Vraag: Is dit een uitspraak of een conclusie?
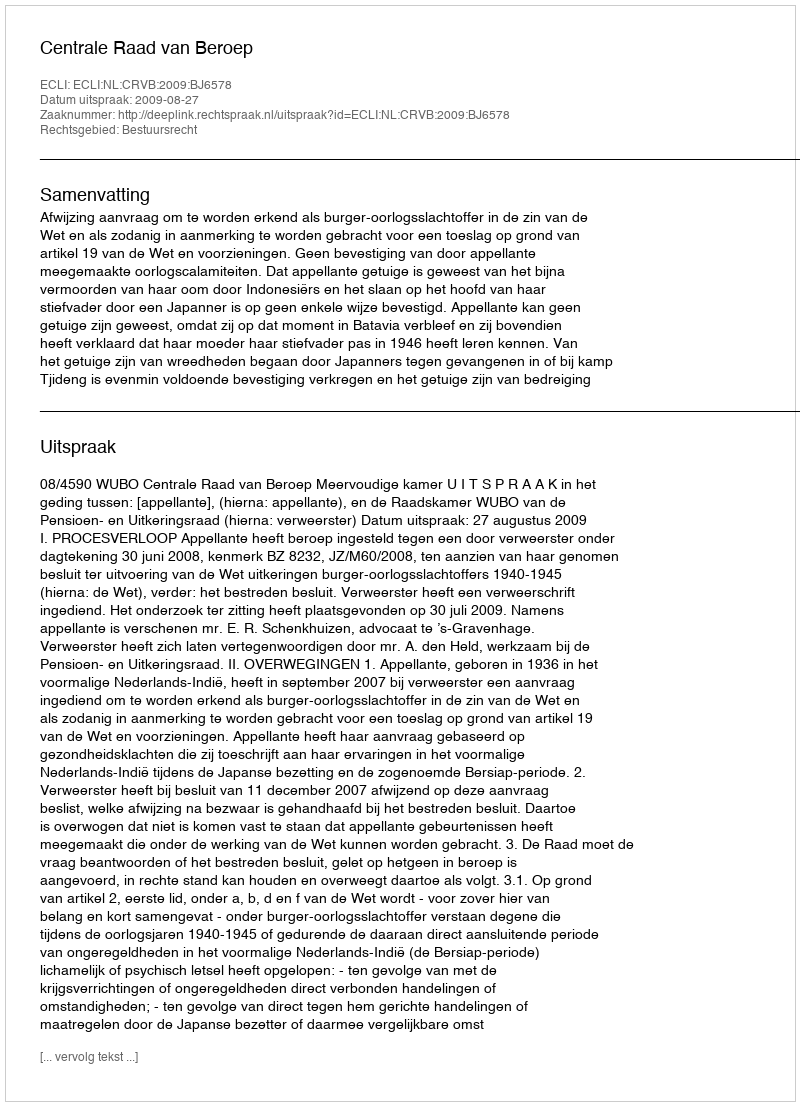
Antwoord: Uitspraak